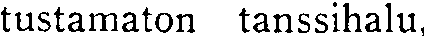
tustamaton tanssihalu,